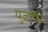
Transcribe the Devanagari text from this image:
युजर्वेद